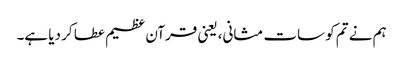
ہم نے تم کو سات مثانی، یعنی قرآن عظیم عطا کر دیا ہے۔